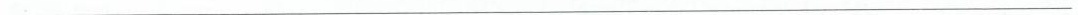
___